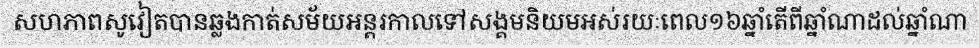
សហភាពសូវៀតបានឆ្លងកាត់សម័យអន្តរកាលទៅសង្គមនិយមអស់រយៈពេល១៦ឆ្នាំតើពីឆ្នាំណាដល់ឆ្នាំណា